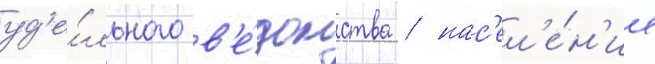
уд'е́льного в'е́домства / нас'ел'е́н'ие